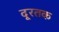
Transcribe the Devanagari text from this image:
दूरतक